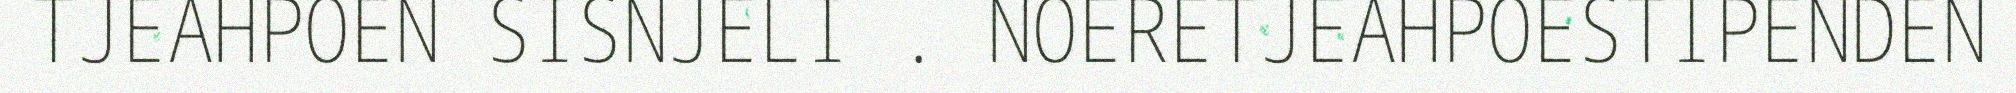
TJEAHPOEN SISNJELI . NOERETJEAHPOESTIPENDEN